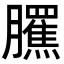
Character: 𦢺